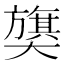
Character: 𫰁